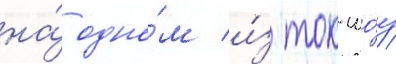
на́ одно́м и́з ток-шо́у